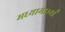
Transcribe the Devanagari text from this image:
मध्यामाभ्याँ